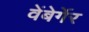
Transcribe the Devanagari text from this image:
वेंबेर्गेर